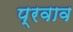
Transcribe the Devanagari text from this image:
प्रवाव